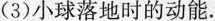
(3) 小球落地时的动能.